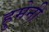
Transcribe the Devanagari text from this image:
हुमेनी